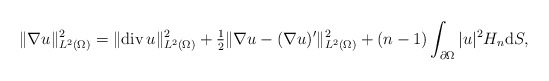
\begin{align*}\|\nabla u\|_{L^{2}(\Omega)}^{2} = \|\mathrm{div}\, u\|_{L^{2}(\Omega)}^{2} + \tfrac{1}{2} \|\nabla u - (\nabla u)'\|_{L^{2}(\Omega)}^{2}+ (n - 1) \int_{\partial \Omega} |u|^{2} H_{n} \mathrm{d}S,\end{align*}